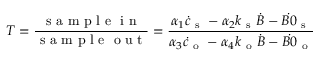
T = \frac { \mathrm { ~ s ~ a ~ m ~ p ~ l ~ e ~ \ i ~ n ~ } } { \mathrm { ~ s ~ a ~ m ~ p ~ l ~ e ~ \ o ~ u ~ t ~ } } = \frac { \alpha _ { 1 } \dot { c } _ { \mathrm { ~ s ~ } } - \alpha _ { 2 } k _ { \mathrm { ~ s ~ } } \dot { B } - \dot { B 0 } _ { \mathrm { ~ s ~ } } } { \alpha _ { 3 } \dot { c } _ { \mathrm { ~ o ~ } } - \alpha _ { 4 } k _ { \mathrm { ~ o ~ } } \dot { B } - \dot { B 0 } _ { \mathrm { ~ o ~ } } }